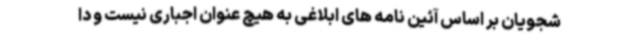
شجویان بر اساس آئین نامه های ابلاغی به هیچ عنوان اجباری نیست و دا